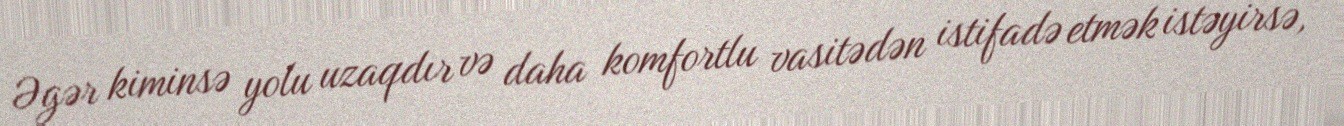
Əgər kiminsə yolu uzaqdır və daha komfortlu vasitədən istifadə etmək istəyirsə,